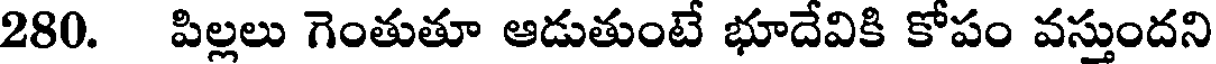
280. పిల్లలు గెంతుతూ ఆడుతుంటే భూదేవికి కోపం వస్తుందని